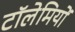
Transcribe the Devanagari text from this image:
टॉलेमियों